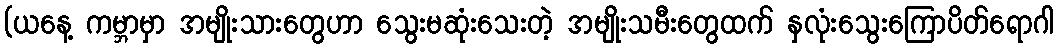
(ယနေ့ ကမ္ဘာမှာ အမျိုးသားတွေဟာ သွေးမဆုံးသေးတဲ့ အမျိုးသမီးတွေထက် နှလုံးသွေးကြောပိတ်ရောဂါ